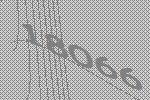
18066